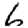
Digit: 6